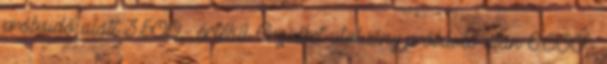
próbaidő alatt 3.500,- értékű Erzsébet utalvány próbaidő után 6.000,-